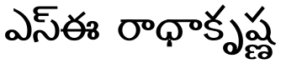
ఎస్ఈ రాధాకృష్ణ